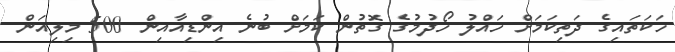
ހަކަތައިގެ ދަތިކަމަށް ހައްލު ހޯދުމުގެ ގޮތުން ކަމަށް ބުނެ އިންޑިއާއިން 500 މިލިއަން